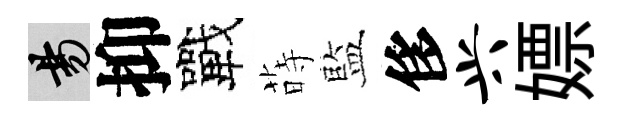
昜抑戰蒔藍侈兴嫖